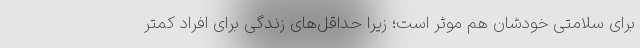
برای سلامتی خودشان هم موثر است؛ زیرا حداقل‌های زندگی برای افراد کمتر